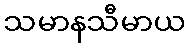
သမာနသီမာယ